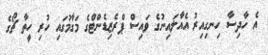
އެ ހާދިސާ ހިނގިއިރު އެއާލައިނުގެ ވައިސް ޕްރެޒިޑެންޓްގެ މަގާމުގައި ހުރި ހީތާ ޗޯގެ